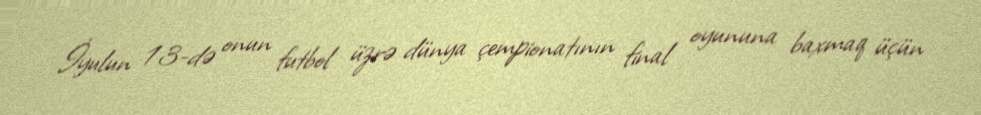
İyulun 13-də onun futbol üzrə dünya çempionatının final oyununa baxmaq üçün